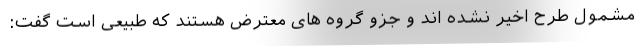
مشمول طرح اخیر نشده اند و جزو گروه های معترض هستند که طبیعی است گفت: